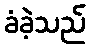
ခံခဲ့သည်